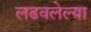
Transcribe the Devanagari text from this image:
लढवलेल्या